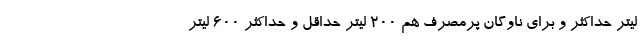
لیتر حداکثر و برای ناوگان پرمصرف هم ۲۰۰ لیتر حداقل و حداکثر ۶۰۰ لیتر